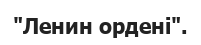
"Ленин ордені".